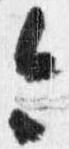
今